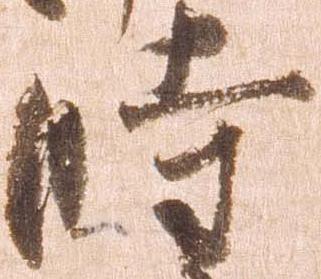
時